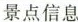
景点信息